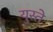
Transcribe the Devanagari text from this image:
युस्ते